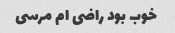
خوب بود راضی ام مرسی